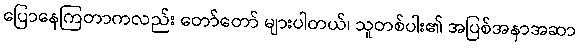
ပြောနေကြတာကလည်း တော်တော် များပါတယ်၊ သူတစ်ပါး၏ အပြစ်အနာအဆာ